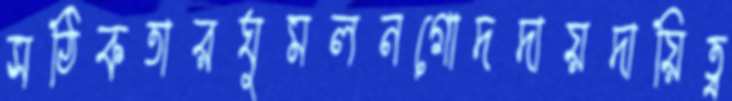
সঠিকতারঘুমলনগোদদায়দায়িত্ব